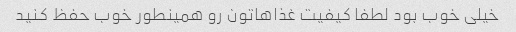
خیلی خوب بود لطفا کیفیت غذاهاتون رو همینطور خوب حفظ کنید